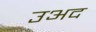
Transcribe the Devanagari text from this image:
उअद